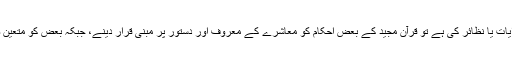
اب اگر شارع کو شریعت کے ظاہری احکام کی پیروی مطلوب نہیں اور ان کی حیثیت محض وقتی ہدایات یا نظائر کی ہے تو قرآن مجید کے بعض احکام کو معاشرے کے معروف اور دستور پر مبنی قرار دینے، جبکہ بعض کو متعین صورت میں بیان کرنے اور پھر ان کی پابندی کی پرزور تاکید کرنے کی وجہ آخر کیا ہو سکتی ہے؟